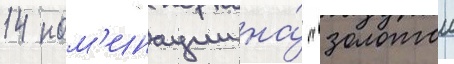
14 ном'инации на́ "золотои